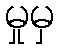
မှုမှ